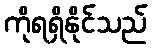
ကိုရရှိနိုင်သည်